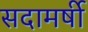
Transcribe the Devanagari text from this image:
सदामर्षी